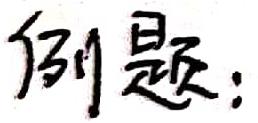
例题：